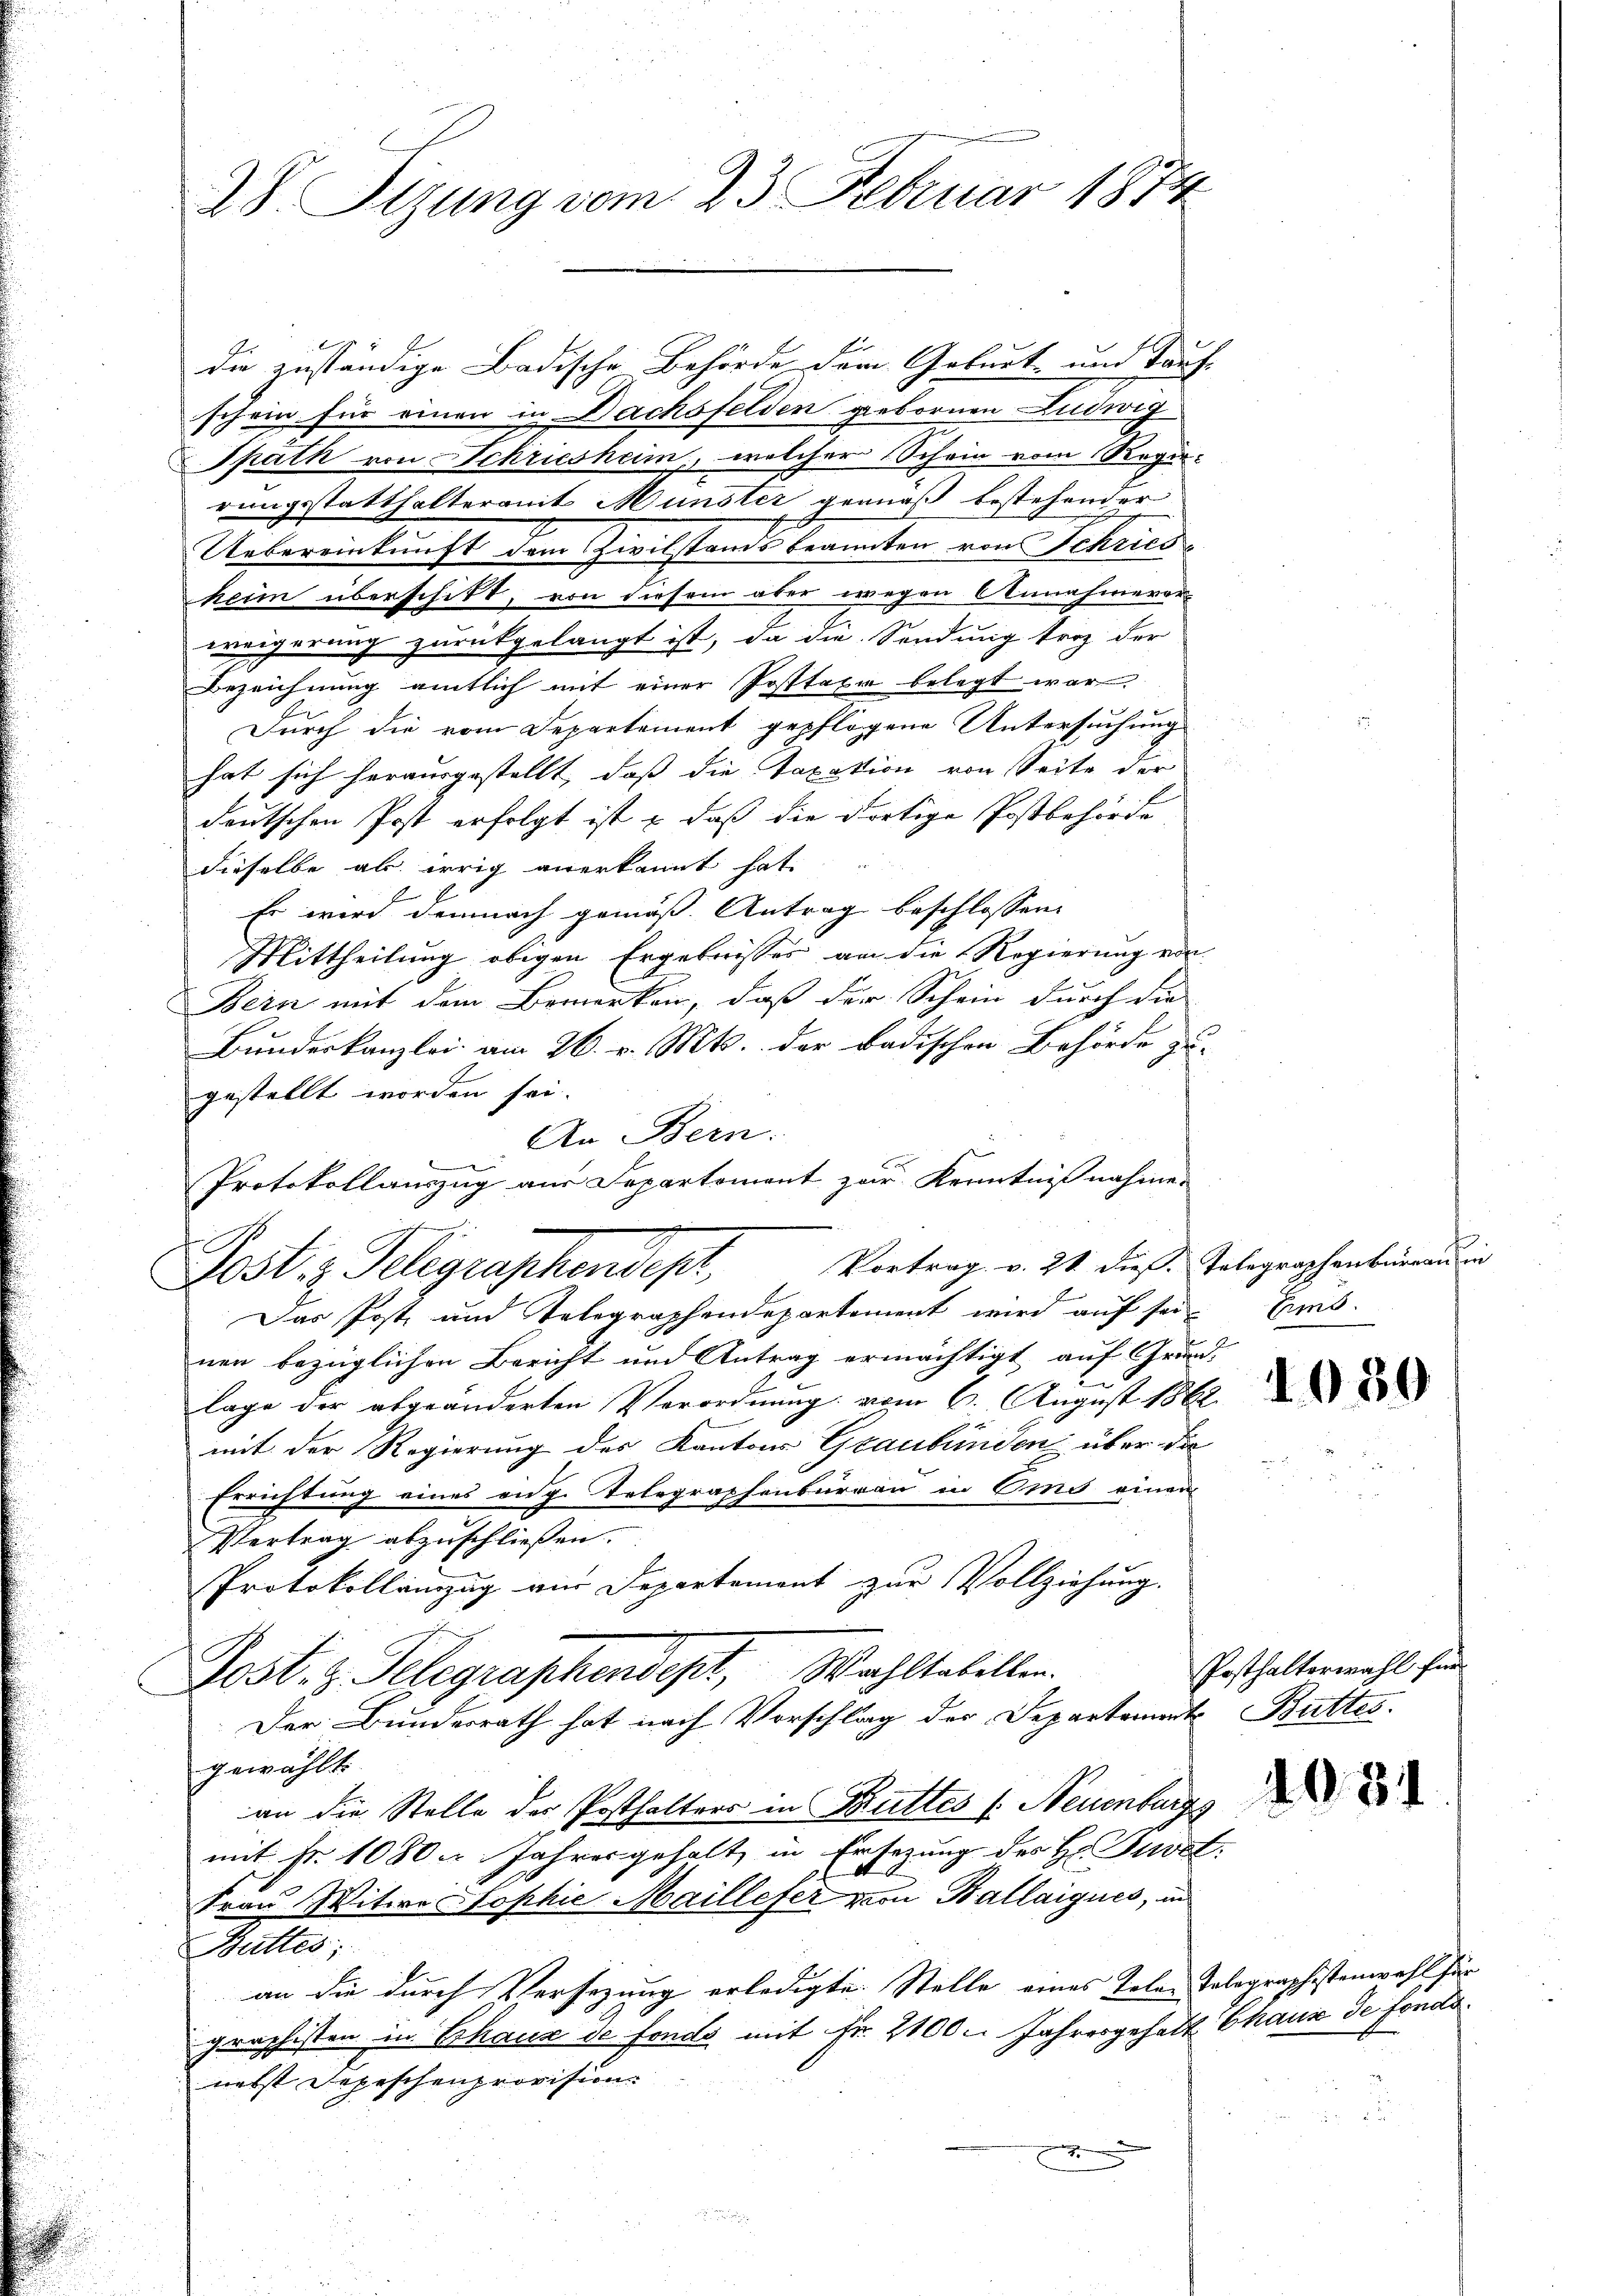
28. Sizung vom 23. Februar 1874

die zuständige Badische Behörde der Geburt- und Tauf-
schein für einen in Dachsfelden gebornen Ludwig
Sputh von Schriesheim, welcher Schein vom Regie-
rungsstatthalteramt Münster gemäß bestehender
Uebereinkunft dem Zivilstands beanten von Schries
heim überschikt, von diesem aber wegen Annahmever-
weigerung zurückgelangt ist, da die Sendung trotz der
Bezeichnung amtlich mit einer Posttaxe belegt war.
Durch die vom Departement gepflogene Untersuchung
hat sich herausgestellt, daß die Taxation von Seite der
deutschen Post erfolgt ist & daß die dortige Postbehörde
dieselbe als irrig anerkannt hat.
Es wird demnach gemäß Antrag beschlossen,
Mittheilung obigen Ergebnisses an die Regierung von
Bein mit dem Bemerken, daß der Schein durch die
Bundeskanzlei am 26. v. Mts. der badischen Behörde zu-
gestellt worden sei.
An Bern.
Protokollauszug aus Separtement zur Kenntnisnahme

Vortrag v. 21 dieß. Telegraphenbureau in
Post. - Seligraphendes,

Das Post und Telegraphendepartement wird auf sein Ems
nen bezüglichen Bericht und Antrag ermächtigt, auf Grund-
lage der abgeänderten Verordnung vom 6. August 1862
mit der Regierung des Kantons Graubünden über die
Errichtung eines eidg. Telegraphenburgau in Omnis einen
Vertrag abzuschließen.
Protokollinzug von Departement zur Vollziehung.
Post. z. Telegraphendept, Wahltabellen.
Der Bundesrath hat nach Vorschlag der Departorte Buttes.
gewählt.
an die Stelle der Posthalters in Buttes (: Neuenburgs
mit Fr. 1080 u. Jahresgehalt in Ersezung des H. Guret:
Frau Witwe Sophie Maillefer von Kallaigues, in
Butter;
an die durch Versezung erledigte. Stelle eines Tele-Telegraphistenwohl für
graphisten in Schaus de fonds mit Fr. 2100. Jahresgehalt Chaus de fondo
nebst Depeschenprovision
.

1050

Posthalterwahl für

403.